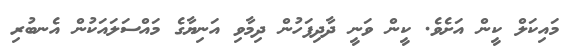
މައިކަލް ކީން އަށެވެ. ކީން ވަނީ ދާދިފަހުން ދިމާވި އަނިޔާގެ މައްސަލައަކުން އެނބުރި